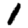
Digit: 1